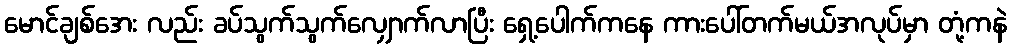
မောင်ချစ်အေး လည်း ခပ်သွက်သွက်လျှောက်လာပြီး ရှေ့ပေါက်ကနေ ကားပေါ်တက်မယ်အလုပ်မှာ တုံ့ကနဲ